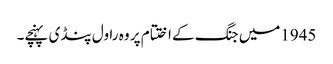
1945میں جنگ کے اختتام پر وہ راول پنڈی پہنچے۔